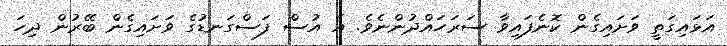
އަޅައިގަތީ ވަށައިގެން ކޮނެފައިވާ ސަރަހައްދުންނެވެ. އެ އުސް ފަސްގަނޑުގެ ވަށައިގެން ބޭރުން ދިހަ